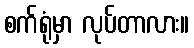
စက်ရုံမှာ လုပ်တာလား။